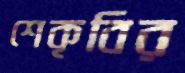
শেকৃবির